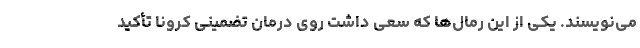
می‌نویسند. یکی از این رمال‌ها که سعی داشت روی درمان تضمینی کرونا تأکید